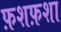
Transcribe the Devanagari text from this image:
फ़शफ़शा